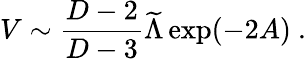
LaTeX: V\sim{\frac{D-2}{D-3}}{\widetilde{\Lambda}}\exp(-2A)~.